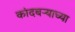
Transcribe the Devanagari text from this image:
कांदबऱ्याच्या